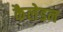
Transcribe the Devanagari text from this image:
कैलेडन